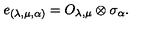
e _ { ( \lambda , \mu , \alpha ) } = O _ { \lambda , \mu } \otimes \sigma _ { \alpha } .